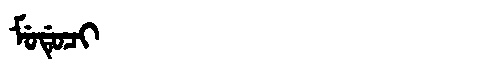
Manchu: ᠮᡠᡩᡠᠴᡳ
Romanization: MUDUCI